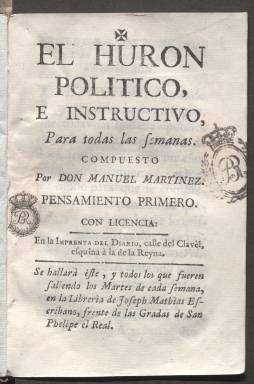
Título: El Hurón político e instructivo para todas las semanas
Colección: Periódicos anteriores a 1850
Ámbito geográfico: Madrid
Lugar de publicación: Madrid
Fechas: 01/01/1763-31/12/1763